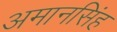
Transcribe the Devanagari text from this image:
अमानसिंह